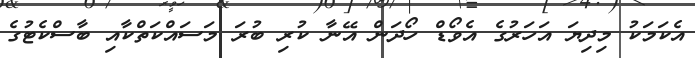
އެކަމަކު މިދިޔަ އަހަރުގެ އެވޯޑް ހޯދަން އޭނާ ކުރި ބުރަ މަސައްކަތްކާއި ބާސްކެޓުގެ